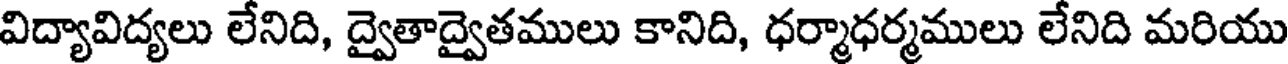
విద్యావిద్యలు లేనిది, ద్వైతాద్వైతములు కానిది, ధర్మాధర్మములు లేనిది మరియు